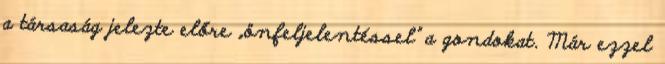
a társaság jelezte előre „önfeljelentéssel” a gondokat. Már ezzel